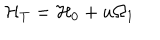
{ \cal H } _ { T } = { \cal H } _ { 0 } + u \Omega _ { 1 }